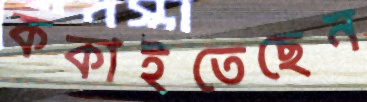
ককাইতেছেন